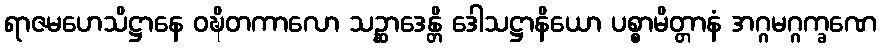
ရာဇမဟေသိဋ္ဌာနေ ဝဍ္ဎိတကာလော သဉ္ဆာဒေန္တိ ဒေါသဋ္ဌာနိယော ပစ္စာမိတ္တာနံ အဂ္ဂမဂ္ဂက္ခဏေ